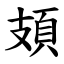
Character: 頍